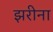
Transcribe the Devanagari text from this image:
झरीना